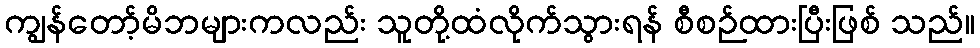
ကျွန်တော့်မိဘများကလည်း သူတို့ထံလိုက်သွားရန် စီစဉ်ထားပြီးဖြစ် သည်။